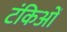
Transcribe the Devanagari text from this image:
टंकिओं